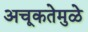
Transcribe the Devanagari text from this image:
अचूकतेमुळे